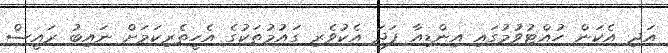
އަދި އެކަން ހުއްޓުވުމުގައި އިންޑިއާ ފަދަ އެކުވެރި ގައުމުތަކުގެ އެހީތެރިކަމަށް ނައިބު ރައީސް